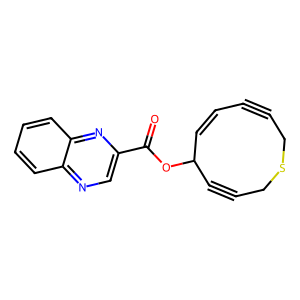
SMILES: O=C(OC1C#CCSCC#CC=C1)c1cnc2ccccc2n1
Inhibits HIV replication: No